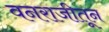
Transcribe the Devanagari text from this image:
वनराजीतून